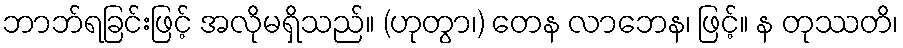
ဘာဘ်ရခြင်းဖြင့် အလိုမရှိသည်။ (ဟုတွာ၊) တေန လာဘေန၊ ဖြင့်။ န တုဿတိ၊